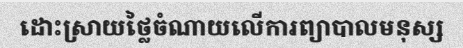
ដោះស្រាយថ្លៃចំណាយលើការព្យាបាលមនុស្ស